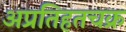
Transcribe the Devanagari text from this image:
अप्रतिहतचक्र